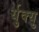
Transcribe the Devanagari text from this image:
र्युक्यु